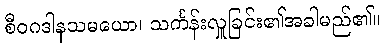
စီဝဂဒါနသမယော၊ သင်္ကန်းလှူခြင်း၏အခါမည်၏။